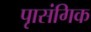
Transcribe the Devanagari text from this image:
पृासंगिक